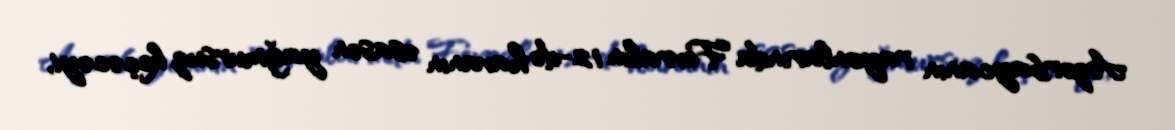
Azərbaycanın rayonlarında Fevralın 12-də havanın əsasən yağmursuz keçəcəyi,